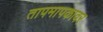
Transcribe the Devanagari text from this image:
तापमापकावर